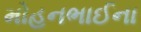
મોહનભાઈના